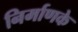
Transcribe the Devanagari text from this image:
निर्माणके